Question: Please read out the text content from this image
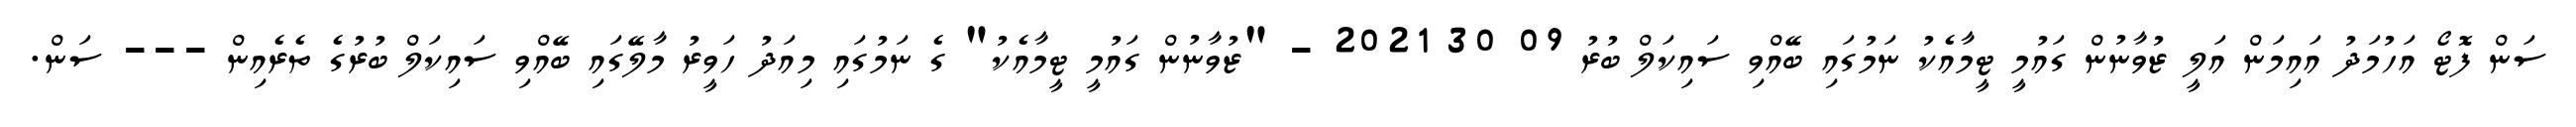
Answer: ސަން ފޮޓޯ އަހުމަދު އައިމަން އަލީ ޒުވާނުން ގައުމީ ޓީމާއެކު ނަމުގައި ބޭއްވި ސައިކަލް ބުރު 09 30 2021 - "ޒުވާނުން ގައުމީ ޓީމާއެކު" ގެ ނަމުގައި މިއަދު ހަވީރު މާލޭގައި ބޭއްވި ސައިކަލް ބުރުގެ ތެރެއިން --- ސަން.